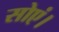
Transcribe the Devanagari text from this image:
सोएं।